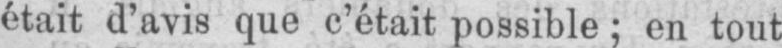
était d’avis que c’était possible; en tout